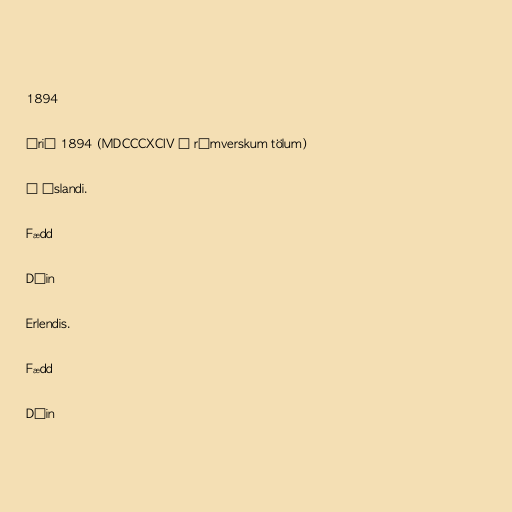
1894

Árið 1894 (MDCCCXCIV í rómverskum tölum)

Á Íslandi.

Fædd

Dáin

Erlendis.

Fædd

Dáin